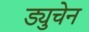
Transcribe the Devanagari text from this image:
ड्युचेन